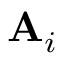
\mathbf { A } _ { i }